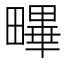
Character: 𤳣